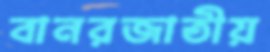
বানরজাতীয়